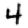
Digit: 4